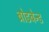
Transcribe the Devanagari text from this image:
ब्रोडबेन्ड